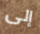
إلى